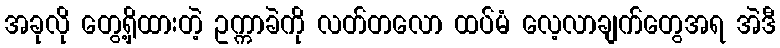
အခုလို တွေ့ရှိထားတဲ့ ဥက္ကာခဲကို လတ်တလော ထပ်မံ လေ့လာချက်တွေအရ အဲဒီ